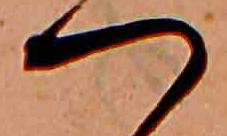
つ